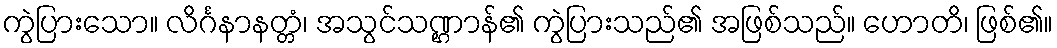
ကွဲပြားသော။ လိင်္ဂနာနတ္တံ၊ အသွင်သဏ္ဌာန်၏ ကွဲပြားသည်၏ အဖြစ်သည်။ ဟောတိ၊ ဖြစ်၏။